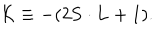
{ \cal K } \equiv - ( 2 { \bf S } \cdot { \bf L } + 1 ) .